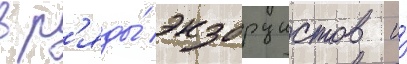
в р'яды́ экзорцистов и́